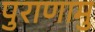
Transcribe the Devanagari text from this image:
पुराणामु